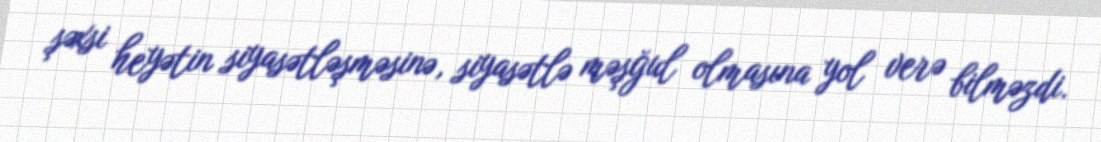
şəxsi heyətin siyasətləşməsinə, siyasətlə məşğul olmasına yol verə bilməzdi.